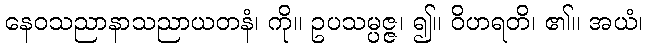
နေဝသညာနာသညာယတနံ၊ ကို။ ဥပသမ္ပဇ္ဇ၊ ၍။ ဝိဟရတိ၊ ၏။ အယံ၊